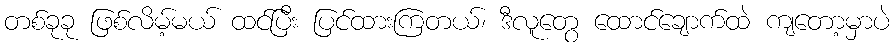
တစ်ခုခု ဖြစ်လိမ့်မယ် ထင်ပြီး ပြင်ထားကြတယ်၊ ဒီလူတွေ ထောင်ချောက်ထဲ ကျတော့မှာပဲ